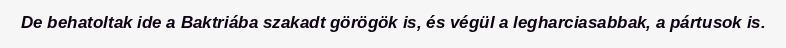
De behatoltak ide a Baktriába szakadt görögök is, és végül a legharciasabbak, a pártusok is.